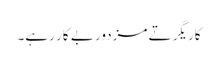
کاریگر تے مزدور بے کار رہے۔